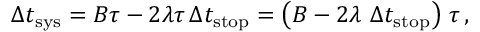
\Delta t _ { \mathrm { s y s } } = B \tau - 2 \lambda \tau \, \Delta t _ { \mathrm { s t o p } } = \left( B - 2 \lambda \, \, \Delta t _ { \mathrm { s t o p } } \right) \, \tau \, ,